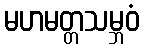
မဟမတ္တသမ္ဘဝံ